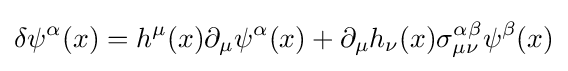
\delta \psi ^{\alpha }(x)=h^{\mu }(x)\partial _{\mu }\psi ^{\alpha }(x)+\partial _{\mu }h_{\nu }(x)\sigma _{\mu \nu }^{\alpha \beta }\psi ^{\beta }(x)